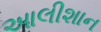
આલીશાન